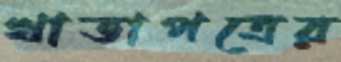
খাতাপত্রের